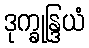
ဒုက္ခုန္ဒြယံ